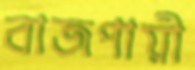
বাজপায়ী